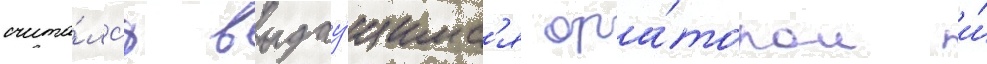
счита́лс'я выдау́щимс'я ора́тором и́